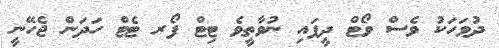
ދުވަހަކު ވެސް ވޯޓް ދީފައި ނުވާތީވެ ޓިޓް ފޯރ ޓެޓް ހަދަން ޖެހޭނީ